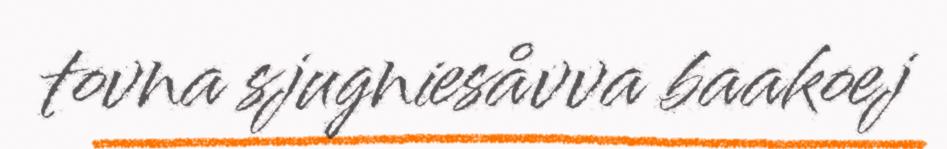
tovna sjugniesåvva baakoej